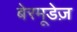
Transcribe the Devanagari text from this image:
बेरमूडेज़